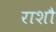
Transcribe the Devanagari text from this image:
राशौ